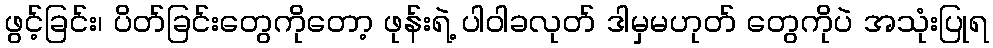
ဖွင့်ခြင်း၊ ပိတ်ခြင်းတွေကိုတော့ ဖုန်းရဲ့ ပါဝါခလုတ် ဒါမှမဟုတ် တွေကိုပဲ အသုံးပြုရ